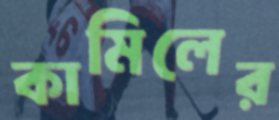
কামিলের